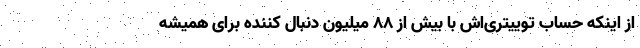
از اینکه حساب توییتری‌اش با بیش از 88 میلیون دنبال کننده برای همیشه